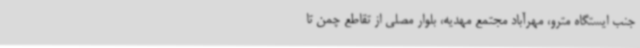
جنب ایستگاه مترو، مهرآباد مجتمع مهدیه، بلوار مصلی از تقاطع چمن تا